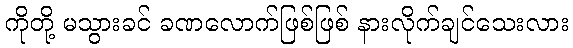
ကိုတို့ မသွားခင် ခဏလောက်ဖြစ်ဖြစ် နားလိုက်ချင်သေးလား